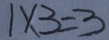
1 \times 3 = 3